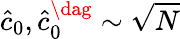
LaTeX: \hat{c}_{0},\hat{c}_{0}^{\dag}\sim\sqrt{N}